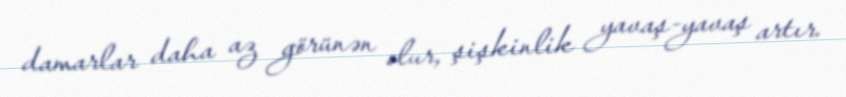
damarlar daha az görünən olur, şişkinlik yavaş-yavaş artır.